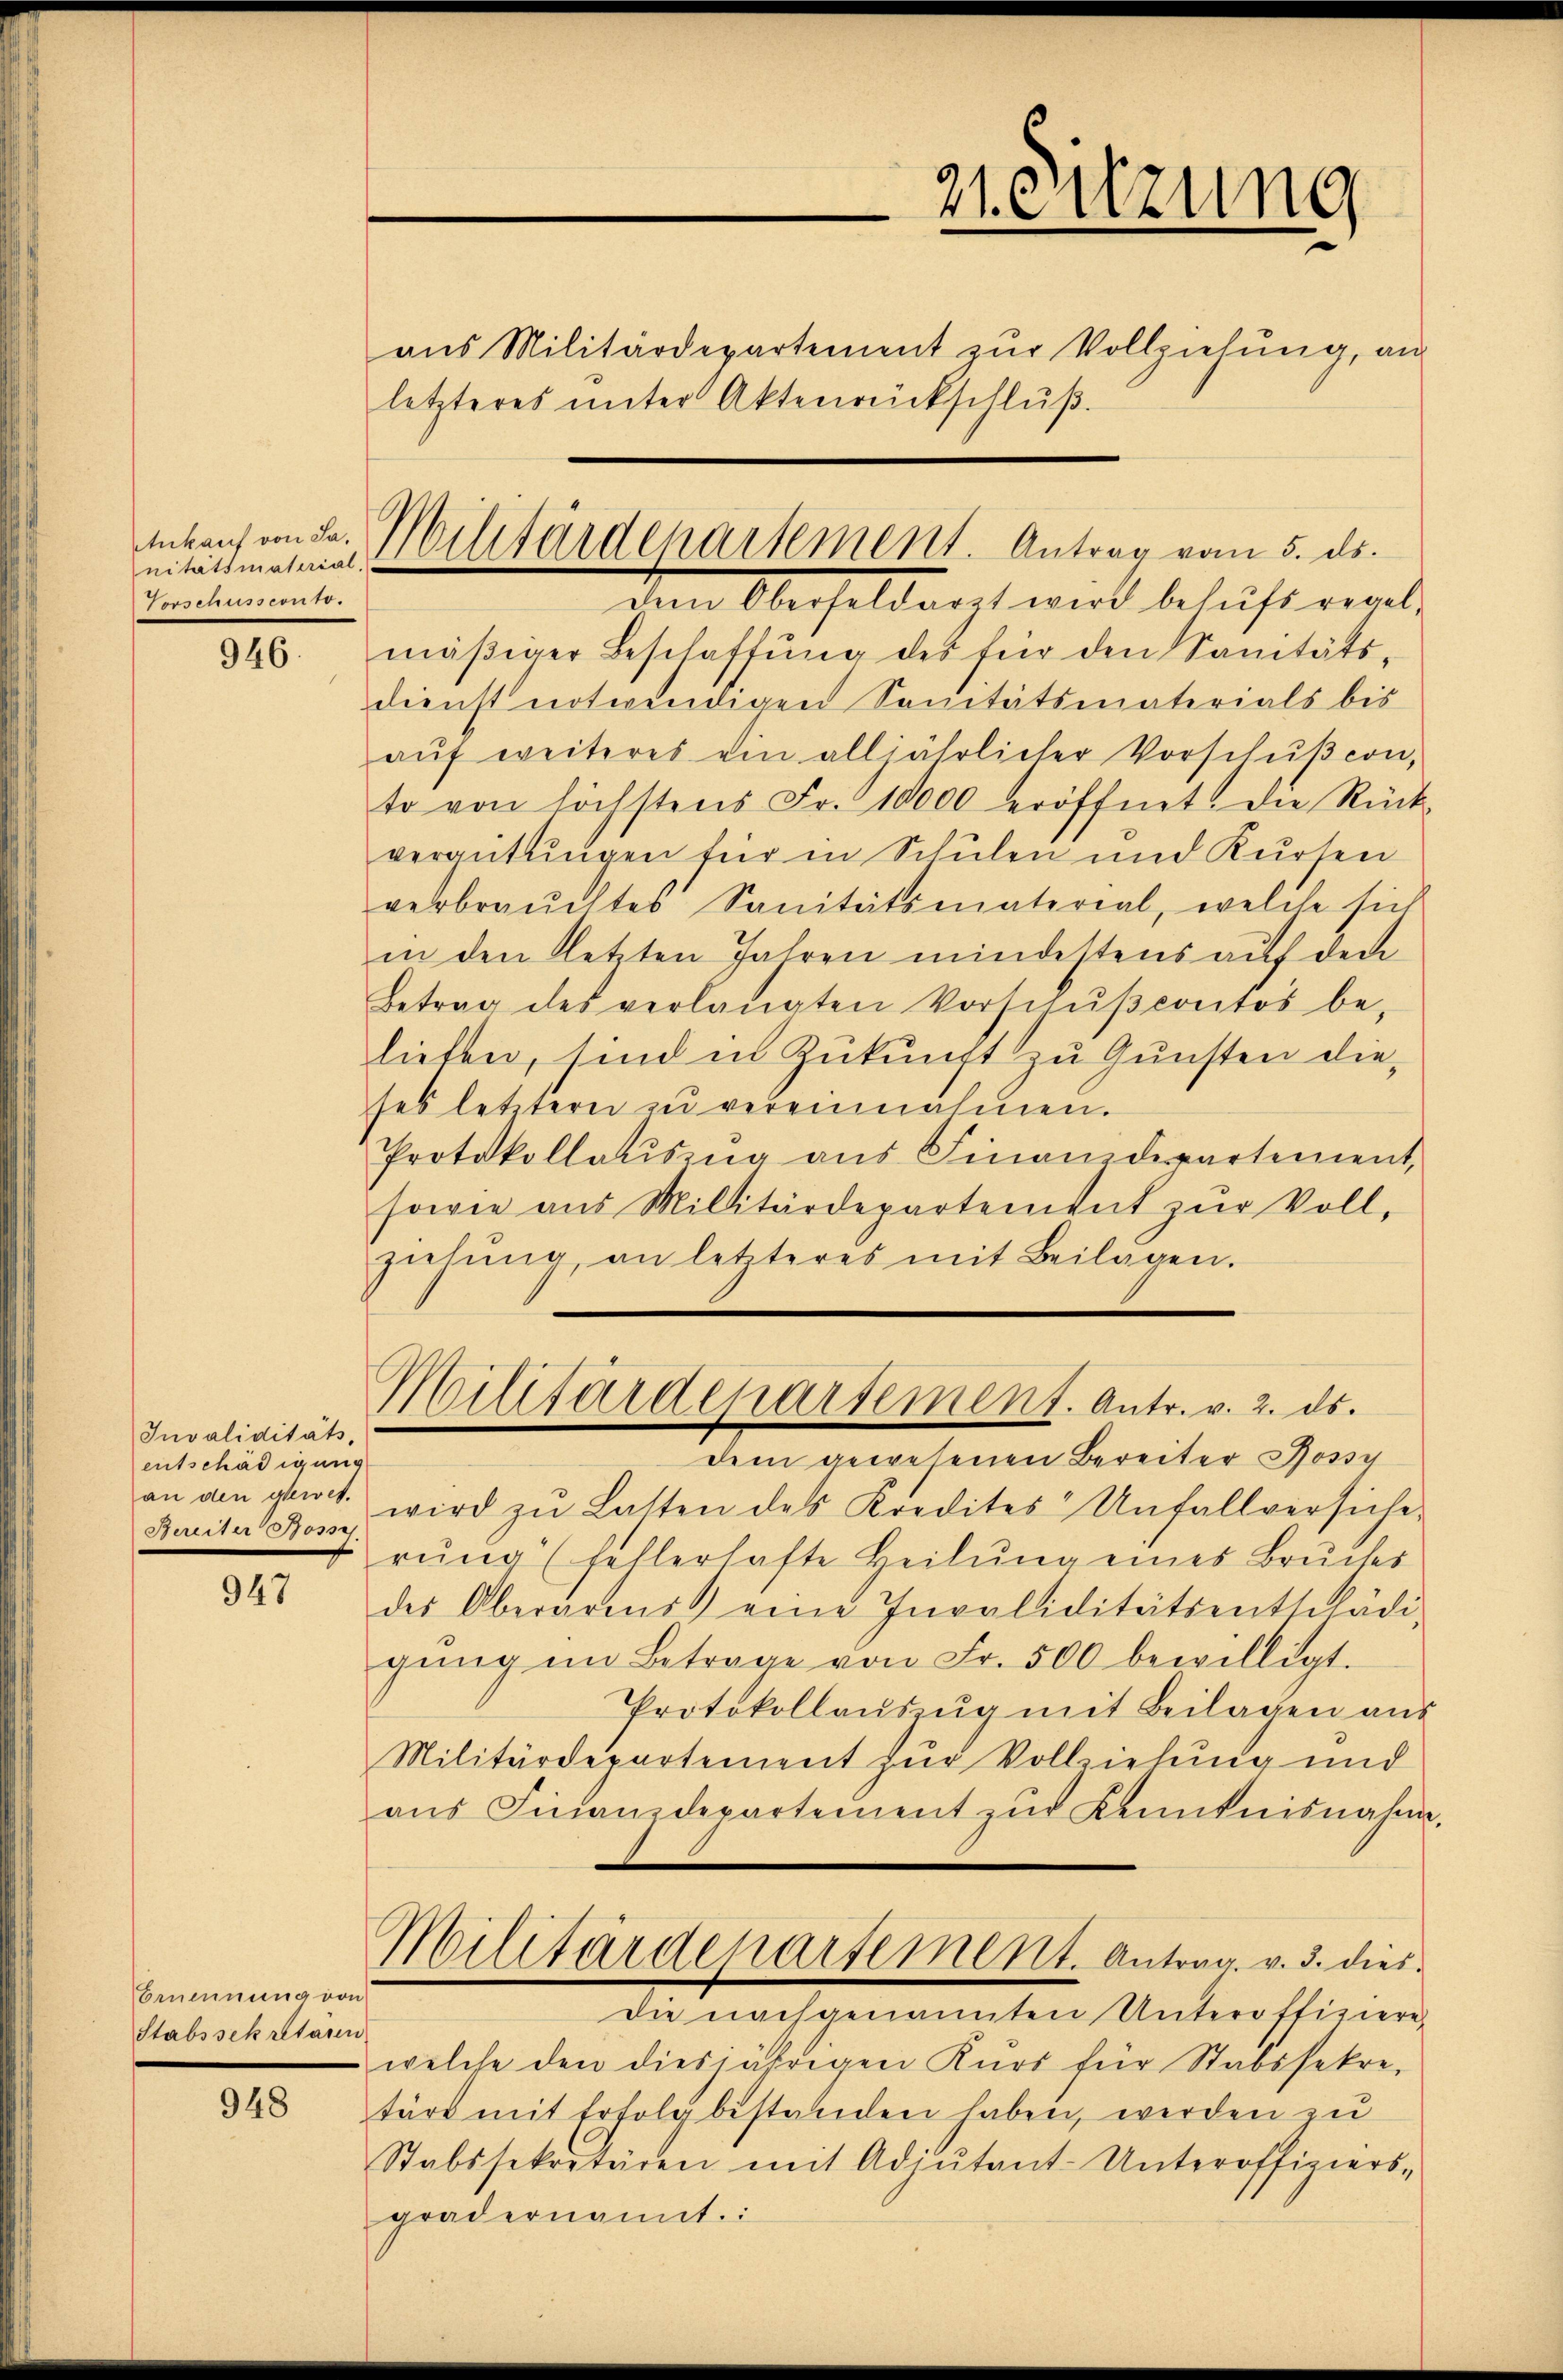
Ankauf von Ja.
nitätsmaterial,
Vorschussconto.

946.

Invaliditäts-
entschädigung
an den gewes.
Bereiter Bosses

947

Ernennung von
Stabssekretären

948

mäβiger Beschaffŭng des für den Sanitäts-
dienst notwendigen Sanitätsmaterials bis
aŭf weiteres ein alljährlicher Vorschŭβeon,
to von höchstens Fr. 10000 eröffnet. Die Rück-
verantungen für in Schulen und Kursen
verbrauchtes Sanitätsmaterial, welche sich
in den letzten Jahren mindestens auf den
Betrag des verlangten Vorschŭβcontos be-
lieben, sind in Zukunft zu Gunsten dieses letzterer zu vereinnahmen.
Protokollauszug aus Finanzdepartement,
sowie aus Millitärdepartement zŭr Voll-
ziehŭng an letzteres mit Beilagen.

Militärdepartement. Antrag vom 5. ds.
dem Oberseldorgt wird besicht verl

Militärdepartement. Antr. v. 2. ds.
dem gewesenen Bereiter Jossy

Heitzung
aus Militärdepartement zur Vollziehung, an
letzteres ŭnter Aktenrückschlŭβ

wird zŭ Latten des Kredites Unfallversiche
rŭng (fellerhafte Heilŭng eines Bruches
des Oberares eine Invaliditätsentschädi
gŭng im Betrage von Fr. 500 bewilligt.
Protokollaŭszŭg mit Beilagen aus
Militärdepartement zur Vollziehung und
aŭs Finanzdepartement zŭr Kenntnisnahm
Militärdepartement. Antrag. v. 3. dies
die nachgenannten Unteroffiziere
welche den diesjährigen Kurs für Stabssekre
türe mit Erfolg bestanden haben, werden zu
Stabssekretären mit Adjutant-Unteroffiziers-
grädernannt.: